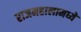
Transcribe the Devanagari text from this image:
राजमहालामध्ये